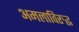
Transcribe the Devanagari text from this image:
अमलाविरुद्ध